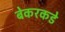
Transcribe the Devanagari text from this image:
बेकरकडे